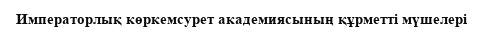
Императорлық көркемсурет академиясының құрметті мүшелері